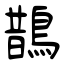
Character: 鵲